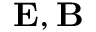
\mathbf { E } , \mathbf { B }